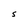
Character: S